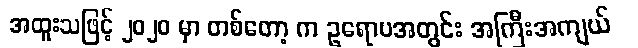
အထူးသဖြင့် ၂၀၂၀ မှာ တစ်တော့ က ဥရောပအတွင်း အကြီးအကျယ်